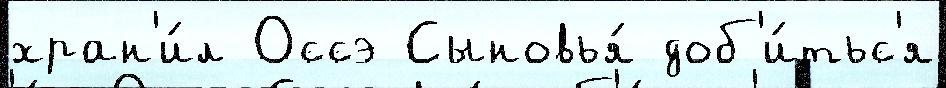
хран'и́л Оссэ Сыновья́ доб'и́тьс'я